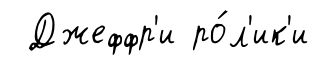
Джеффр'и ро́л'ик'и